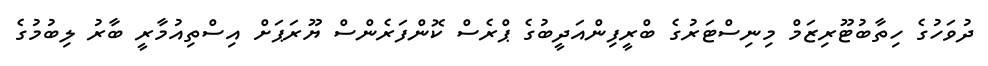
ދުވަހުގެ ހިތާބުޓޫރިޒަމް މިނިސްޓަރުގެ ބްރީފިންއަދީބުގެ ޕްރެސް ކޮންފަރެންސް ޔޫރަޕަށް އިސްތިއުމާރީ ބާރު ލިބުމުގެ